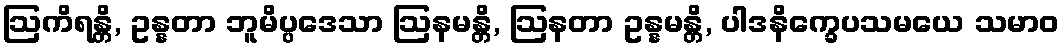
ဩကိရန္တိ, ဥန္နတာ ဘူမိပ္ပဒေသာ ဩနမန္တိ, ဩနတာ ဥန္နမန္တိ, ပါဒနိက္ခေပသမယေ သမာဝ